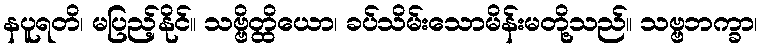
နပူရတိ၊ မပြည့်နိုင်။ သဗ္ဗိတ္ထိယော၊ ခပ်သိမ်းသောမိန်းမတို့သည်။ သဗ္ဗဘက္ခာ၊